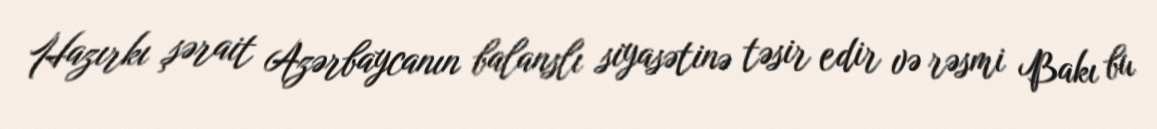
Hazırkı şərait Azərbaycanın balanslı siyasətinə təsir edir və rəsmi Bakı bu